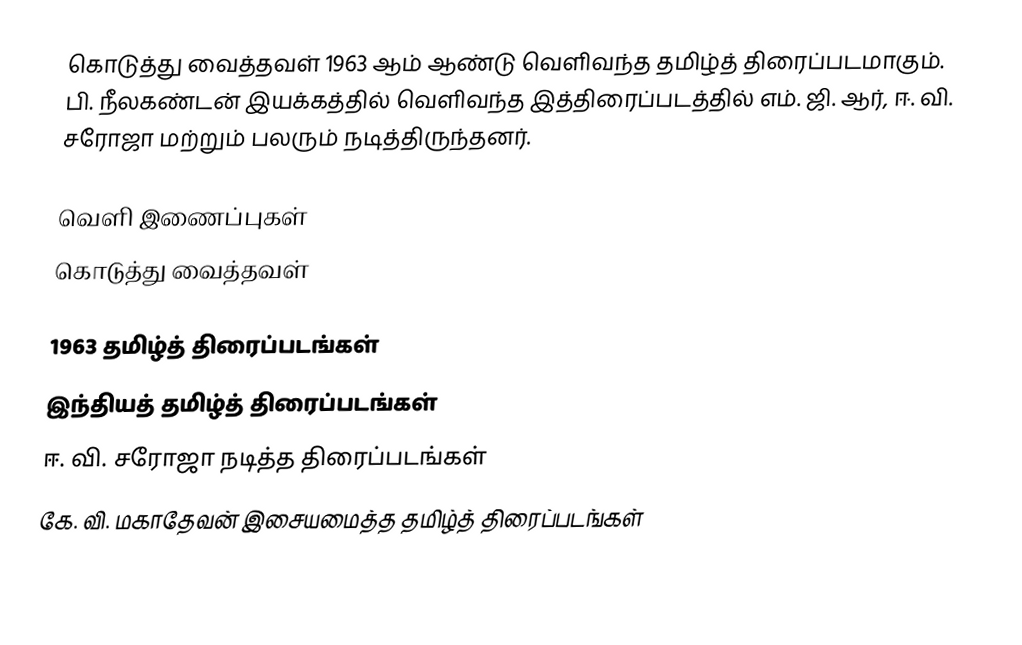
கொடுத்து வைத்தவள் 1963 ஆம் ஆண்டு வெளிவந்த தமிழ்த் திரைப்படமாகும். பி. நீலகண்டன் இயக்கத்தில் வெளிவந்த இத்திரைப்படத்தில் எம். ஜி. ஆர், ஈ. வி. சரோஜா மற்றும் பலரும் நடித்திருந்தனர்.

வெளி இணைப்புகள்
 கொடுத்து வைத்தவள்

1963 தமிழ்த் திரைப்படங்கள்
இந்தியத் தமிழ்த் திரைப்படங்கள்
ஈ. வி. சரோஜா நடித்த திரைப்படங்கள்
கே. வி. மகாதேவன் இசையமைத்த தமிழ்த் திரைப்படங்கள்